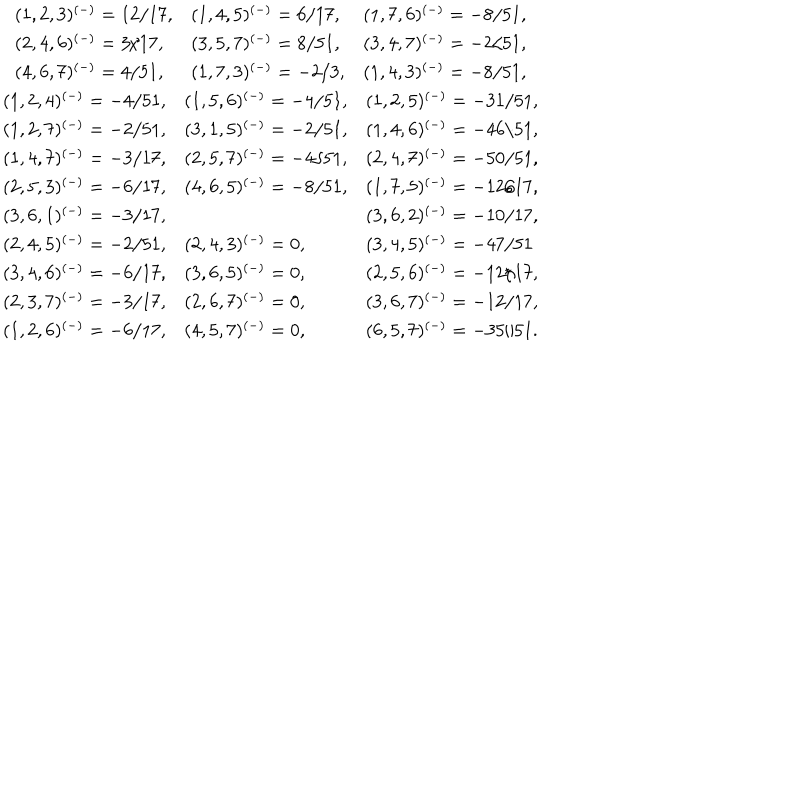
LaTeX: \begin{array} { c } { { \begin{array} { l l l } { { ( 1 , 2 , 3 ) ^ { ( - ) } = 1 2 / 1 7 , } } & { { ( 1 , 4 , 5 ) ^ { ( - ) } = 6 / 1 7 , } } & { { ( 1 , 7 , 6 ) ^ { ( - ) } = - 8 / 5 1 , } } \\ { { ( 2 , 4 , 6 ) ^ { ( - ) } = 3 / 1 7 , } } & { { ( 3 , 5 , 7 ) ^ { ( - ) } = 8 / 5 1 , } } & { { ( 3 , 4 , 7 ) ^ { ( - ) } = - 2 / 5 1 , } } \\ { { ( 4 , 6 , 7 ) ^ { ( - ) } = 4 / 5 1 , } } & { { ( 1 , 7 , 3 ) ^ { ( - ) } = - 2 / 3 , } } & { { ( 1 , 4 , 3 ) ^ { ( - ) } = - 8 / 5 1 , } } \\ \end{array} } } \\ { { \begin{array} { l l l } { { ( 1 , 2 , 4 ) ^ { ( - ) } = - 4 / 5 1 , } } & { { ( 1 , 5 , 6 ) ^ { ( - ) } = - 4 / 5 1 , } } & { { ( 1 , 2 , 5 ) ^ { ( - ) } = - 3 1 / 5 1 , } } \\ { { ( 1 , 2 , 7 ) ^ { ( - ) } = - 2 / 5 1 , } } & { { ( 3 , 1 , 5 ) ^ { ( - ) } = - 2 / 5 1 , } } & { { ( 1 , 4 , 6 ) ^ { ( - ) } = - 4 6 / 5 1 , } } \\ { { ( 1 , 4 , 7 ) ^ { ( - ) } = - 3 / 1 7 , } } & { { ( 2 , 5 , 7 ) ^ { ( - ) } = - 4 / 5 1 , } } & { { ( 2 , 4 , 7 ) ^ { ( - ) } = - 5 0 / 5 1 , } } \\ { { ( 2 , 5 , 3 ) ^ { ( - ) } = - 6 / 1 7 , } } & { { ( 4 , 6 , 5 ) ^ { ( - ) } = - 8 / 5 1 , } } & { { ( 1 , 7 , 5 ) ^ { ( - ) } = - 1 2 / 1 7 , } } \\ { { ( 3 , 6 , 1 ) ^ { ( - ) } = - 3 / 1 7 , } } & { { } } & { { ( 3 , 6 , 2 ) ^ { ( - ) } = - 1 0 / 1 7 , } } \\ { { ( 2 , 4 , 5 ) ^ { ( - ) } = - 2 / 5 1 , } } & { { ( 2 , 4 , 3 ) ^ { ( - ) } = 0 , } } & { { ( 3 , 4 , 5 ) ^ { ( - ) } = - 4 7 / 5 1 } } \\ { { ( 3 , 4 , 6 ) ^ { ( - ) } = - 6 / 1 7 , } } & { { ( 3 , 6 , 5 ) ^ { ( - ) } = 0 , } } & { { ( 2 , 5 , 6 ) ^ { ( - ) } = - 1 2 / 1 7 , } } \\ { { ( 2 , 3 , 7 ) ^ { ( - ) } = - 3 / 1 7 , } } & { { ( 2 , 6 , 7 ) ^ { ( - ) } = 0 , } } & { { ( 3 , 6 , 7 ) ^ { ( - ) } = - 1 2 / 1 7 , } } \\ { { ( 1 , 2 , 6 ) ^ { ( - ) } = - 6 / 1 7 , } } & { { ( 4 , 5 , 7 ) ^ { ( - ) } = 0 , } } & { { ( 6 , 5 , 7 ) ^ { ( - ) } = - 3 5 / 5 1 . } } \\ \end{array} } } \\ \end{array}